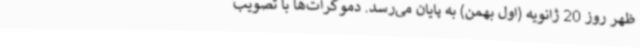
ظهر روز 20 ژانویه (اول بهمن) به پایان می‌رسد. دموکرات‌ها با تصویب